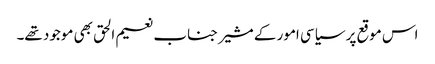
اس موقع پر سیاسی امور کے مشیر جناب نعیم الحق بھی موجود تھے۔